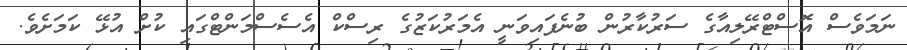
ނަމަވެސް އޮސްޓްރޭލިއާގެ ސަރުކާރުން ބުނެފައިވަނީ އެމަރުކަޒުގެ ރިސްކް އެސެސްމަންޓްގައި ކުށް އުޅޭ ކަމަށެވެ.